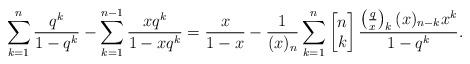
LaTeX: \begin{align*}\sum_{k=1}^{n}\frac{q^k}{1-q^k}-\sum_{k=1}^{n-1}\frac{xq^k}{1-xq^k}=\frac{x}{1-x}-\frac{1}{(x)_n}\sum_{k=1}^{n}\left[\begin{matrix} n\\k\end{matrix}\right]\frac{\left(\frac{q}{x}\right)_k(x)_{n-k}x^k}{1-q^k}.\end{align*}